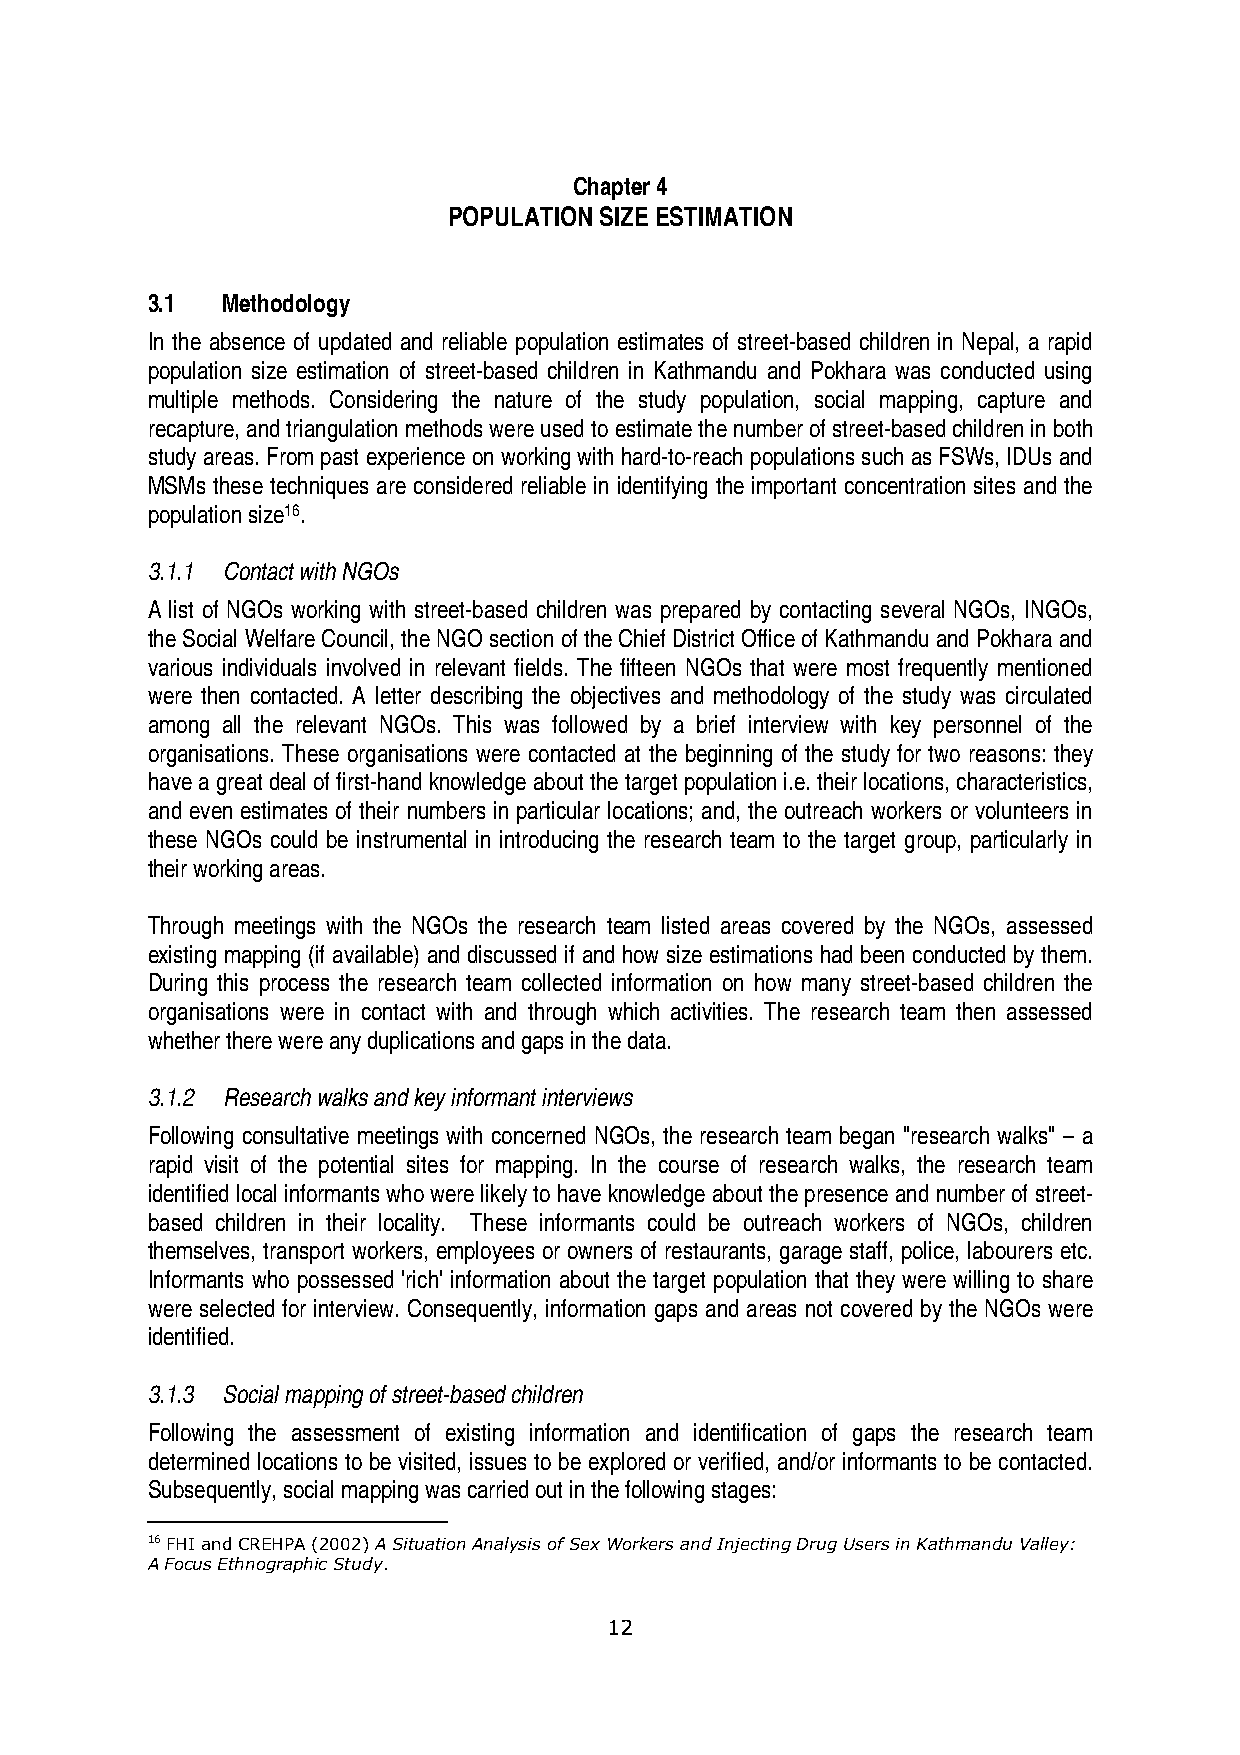
Chapter 4
 POPULATION SIZE ESTIMATION
 3.1  Methodology
 In the absence of updated and reliable population estimates of street-based children in Nepal, a rapid
 population size estimation of street-based children in Kathmandu and Pokhara was conducted using
 multiple methods. Considering the nature of the study population, social mapping, capture and
 recapture, and triangulation methods were used to estimate the number of street-based children in both
 study areas. From past experience on working with hard-to-reach populations such as FSWs, IDUs and
 MSMs these techniques are considered reliable in identifying the important concentration sites and the
 population size16.
 3.1.1 Contact with NGOs
 A list of NGOs working with street-based children was prepared by contacting several NGOs, INGOs,
 the Social Welfare Council, the NGO section of the Chief District Office of Kathmandu and Pokhara and
 various individuals involved in relevant fields. The fifteen NGOs that were most frequently mentioned
 were then contacted. A letter describing the objectives and methodology of the study was circulated
 among all the relevant NGOs. This was followed by a brief interview with key personnel of the
 organisations. These organisations were contacted at the beginning of the study for two reasons: they
 have a great deal of first-hand knowledge about the target population i.e. their locations, characteristics,
 and even estimates of their numbers in particular locations; and, the outreach workers or volunteers in
 these NGOs could be instrumental in introducing the research team to the target group, particularly in
 their working areas.
 Through meetings with the NGOs the research team listed areas covered by the NGOs, assessed
 existing mapping (if available) and discussed if and how size estimations had been conducted by them.
 During this process the research team collected information on how many street-based children the
 organisations were in contact with and through which activities. The research team then assessed
 whether there were any duplications and gaps in the data.
 3.1.2 Research walks and key informant interviews
 Following consultative meetings with concerned NGOs, the research team began "research walks" – a
 rapid visit of the potential sites for mapping. In the course of research walks, the research team
 identified local informants who were likely to have knowledge about the presence and number of street-
 based children in their locality. These informants could be outreach workers of NGOs, children
 themselves, transport workers, employees or owners of restaurants, garage staff, police, labourers etc.
 Informants who possessed 'rich' information about the target population that they were willing to share
 were selected for interview. Consequently, information gaps and areas not covered by the NGOs were
 identified.
 3.1.3 Social mapping of street-based children
 Following the assessment of existing information and identification of gaps the research team
 determined locations to be visited, issues to be explored or verified, and/or informants to be contacted.
 Subsequently, social mapping was carried out in the following stages:
 16 FHI and CREHPA (2002) A Situation Analysis of Sex Workers and Injecting Drug Users in Kathmandu Valley:
 A Focus Ethnographic Study.
 12